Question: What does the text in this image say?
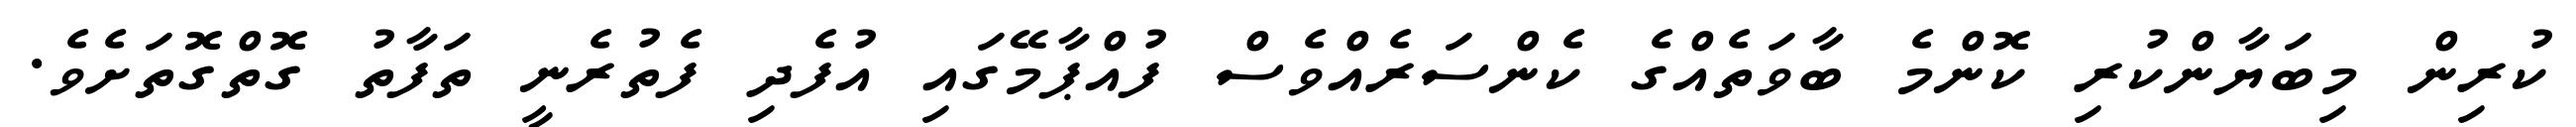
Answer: ކުރިން މިބަޔާންކުރި ކޮންމެ ބާވަތެއްގެ ކެންސަރެއްވެސް ފުއްޕާމޭގައި އުފެދި ފެތުރެނީ ތަފާތު ގޮތްގޮތަށެވެ.